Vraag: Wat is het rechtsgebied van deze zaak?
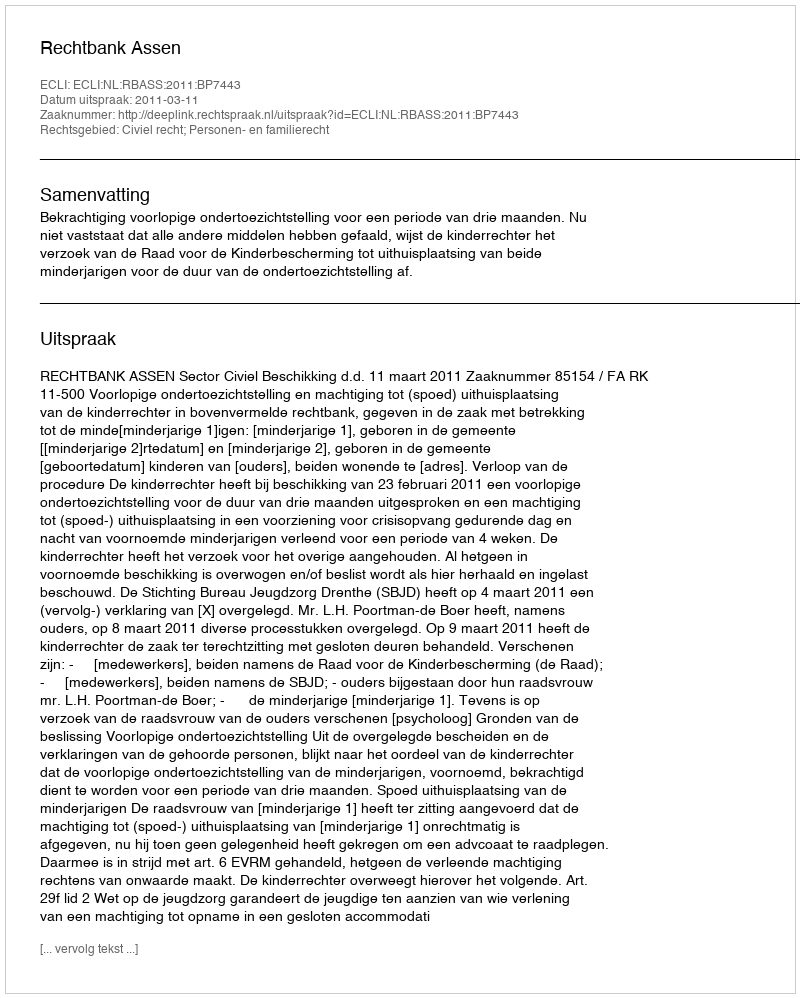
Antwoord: Civiel recht; Personen- en familierecht